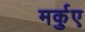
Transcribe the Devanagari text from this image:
मर्कुए